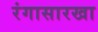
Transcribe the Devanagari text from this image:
रंगासारखा